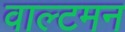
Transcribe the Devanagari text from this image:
वाल्टमन